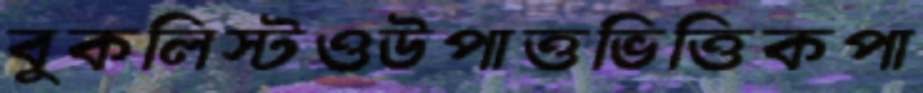
বুকলিস্টওউপাত্তভিত্তিকপা